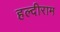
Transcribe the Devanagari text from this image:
हल्दीराम